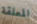
المعلقة